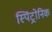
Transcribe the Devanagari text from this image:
स्पिंट्रोनिक